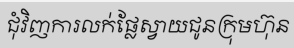
ជុំវិញការលក់ផ្លែស្វាយជូនក្រុមហ៊ុន